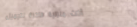
أثاث منزلية فاخرة لتجميل